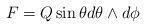
LaTeX: \begin{align*}F = Q \sin \theta d\theta \wedge d\phi\end{align*}